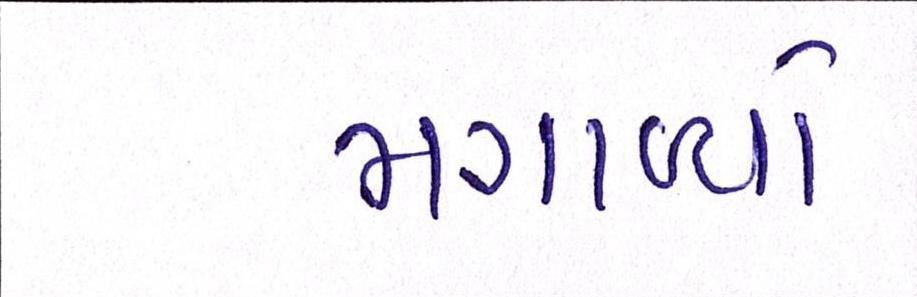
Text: મગાવ્યો